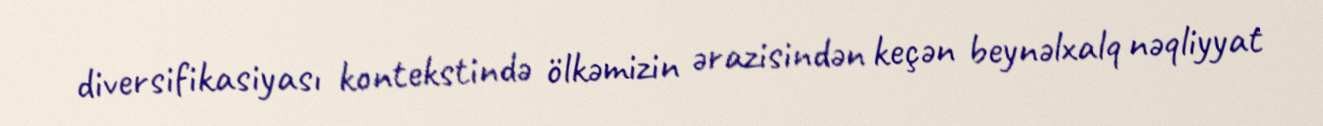
diversifikasiyası kontekstində ölkəmizin ərazisindən keçən beynəlxalq nəqliyyat